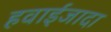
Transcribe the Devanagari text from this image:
हवाईजादा